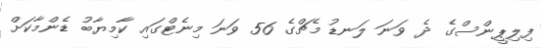
ފިލިޕީންސްގެ ދެ ވަނަ ލަނޑު މެޗްގެ 56 ވަނަ މިނެޓްގައި ކާމިޔާބު ޑެންމާކަށް